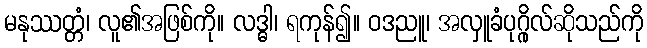
မနုဿတ္တံ၊ လူ၏အဖြစ်ကို။ လဒ္ဓါ၊ ရကုန်၍။ ဝဒညူ၊ အလှူခံပုဂ္ဂိုလ်ဆိုသည်ကို